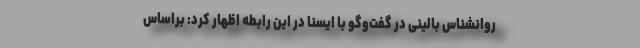
روانشناس بالینی در گفت‌وگو با ایسنا در این رابطه اظهار کرد: براساس